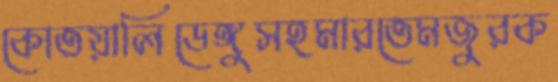
কোতয়ালিডেঙ্গুসহমারতেমজুরক